Scottish Leaving Certificate Examination, 1959
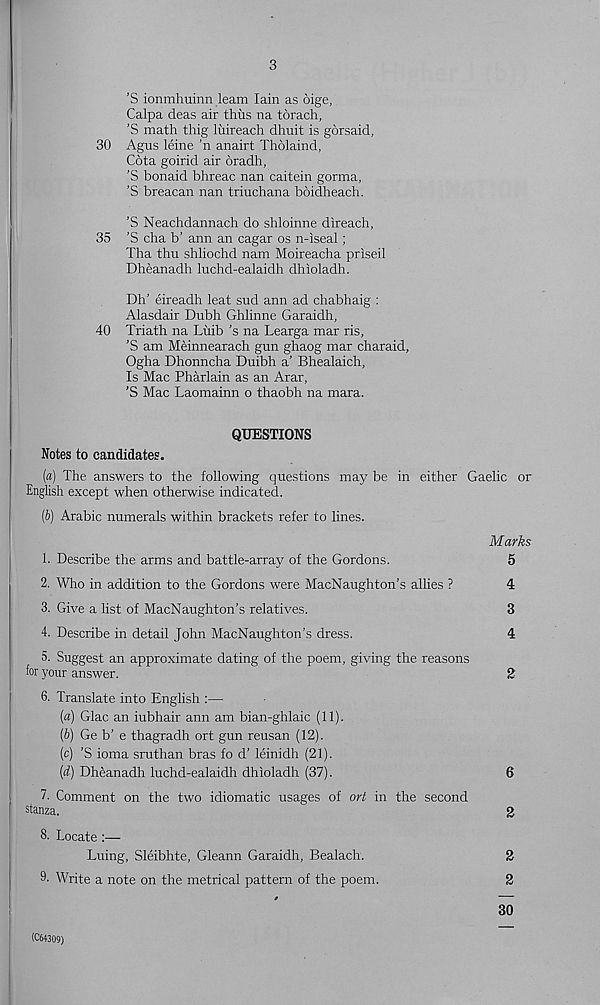
3
’S ionmhuinn learn. Iain as oige,
Calpa deas air thus na torach,
’S math thig luireach dhuit is gorsaid,
30 Agus leine ’n anairt Tholaind,
Cota goirid air oradh,
’S bonaid bhreac nan caitein gorma,
’S breacan nan triuchana boidheach.
’S Neachdannach do shloinne direach,
35 ’S cha b’ ann an cagar os n-iseal;
Tha thu shliochd nam Moireacha priseil
Dheanadh luchd-ealaidh dhioladh.
Dh’ eireadh leat sud ann ad chabhaig :
Alasdair Dubh Ghlinne Garaidh,
40 Triath na Luib's na Learga mar ris,
'S am Meinnearach gun ghaog mar charaid,
Ogha Dhonncha Duibh a’ Bhealaich,
Is Mac Pharlain as an Arar,
’S Mac Laomainn o thaobh na mara.
QUESTIONS
Notes to candidates.
[a) The answers to the following questions may be in either Gaelic or
English except when otherwise indicated.
(&) Arabic numerals within brackets refer to lines.
Marks
1. Describe the arms and battle-array of the Gordons.
5
2. Who in addition to the Gordons were MacNaught on’s allies ?
4
3. Give a list of MacNaughton’s relatives.
3
4. Describe in detail John MacNaughton’s dress.
4
5. Suggest an approximate dating of the poem, giving the reasons
for your answer.
2
6. Translate into English :—
{a) Glac an iubhair ann am bian-ghlaic (11).
(b) Ge b’ e thagradh ort gun reusan (12).
(c) ’S ioma sruthan bras fo d’ leinidh (21).
(d) Dheanadh luchd-ealaidh dhioladh (37).
6
7. Comment on the two idiomatic usages of ort in the second
stanza.
2
8- Locate :—
Luing, Sleibhte, Gleann Garaidh, Bealach.
2
9- Write a note on the metrical pattern of the poem.
2
30
(C64309)